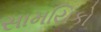
સામયિકો